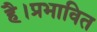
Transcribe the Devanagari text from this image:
है।प्रभावित